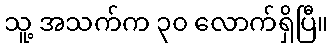
သူ့ အသက်က ၃၀ လောက်ရှိပြီ။